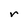
Character: r